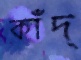
কাঁদ্‌